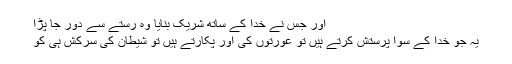
اور جس نے خدا کے ساتھ شریک بنایا وہ رستے سے دور جا پڑا
یہ جو خدا کے سوا پرستش کرتے ہیں تو عورتوں کی اور پکارتے ہیں تو شیطان کی سرکش ہی کو